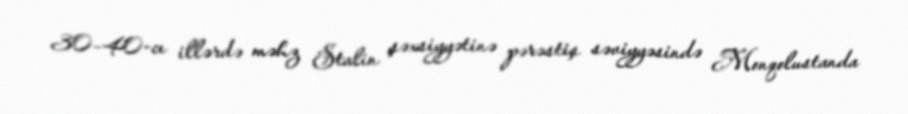
30–40-cı illərdə məhz Stalin şəxsiyyətinə pərəstiş səviyyəsində Monqolustanda